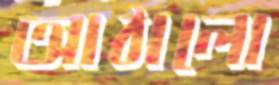
আঠালো